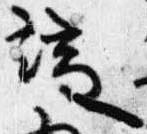
端